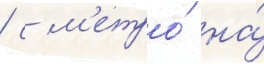
/ с м'етро́ на́